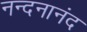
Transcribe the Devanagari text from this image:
नन्दनानंद